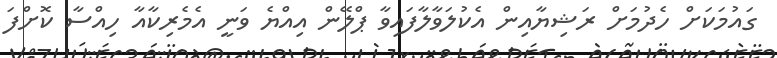
ގައުމަކަށް ހެދުމަށް ރަޝިޔާއިން އެކުލަވާލާފައިވާ ޕްލޭން އިއްޔެ ވަނީ އެމެރިކާއާ ހިއްސާ ކޮށްފަ